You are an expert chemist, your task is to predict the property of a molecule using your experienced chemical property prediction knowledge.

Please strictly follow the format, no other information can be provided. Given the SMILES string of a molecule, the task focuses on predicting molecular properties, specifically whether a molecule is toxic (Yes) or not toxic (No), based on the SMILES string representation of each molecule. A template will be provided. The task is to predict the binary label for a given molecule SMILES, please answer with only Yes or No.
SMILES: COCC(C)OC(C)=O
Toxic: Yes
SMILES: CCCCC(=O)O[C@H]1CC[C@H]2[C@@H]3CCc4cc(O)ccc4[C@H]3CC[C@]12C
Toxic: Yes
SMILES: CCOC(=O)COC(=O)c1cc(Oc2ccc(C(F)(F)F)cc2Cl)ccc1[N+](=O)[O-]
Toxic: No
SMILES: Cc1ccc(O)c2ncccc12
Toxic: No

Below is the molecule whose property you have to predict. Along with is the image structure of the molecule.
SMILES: CCC(C)=O
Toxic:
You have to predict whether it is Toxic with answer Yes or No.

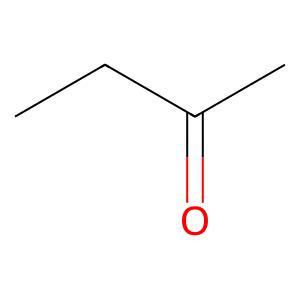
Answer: No